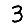
Digit: 3